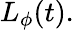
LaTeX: L_{\phi}(t).